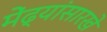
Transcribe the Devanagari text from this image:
मेंढ्यांसारखे